Report of the Indian Hemp Drugs Commission, 1894-1895 - Volume I
Year: 1894
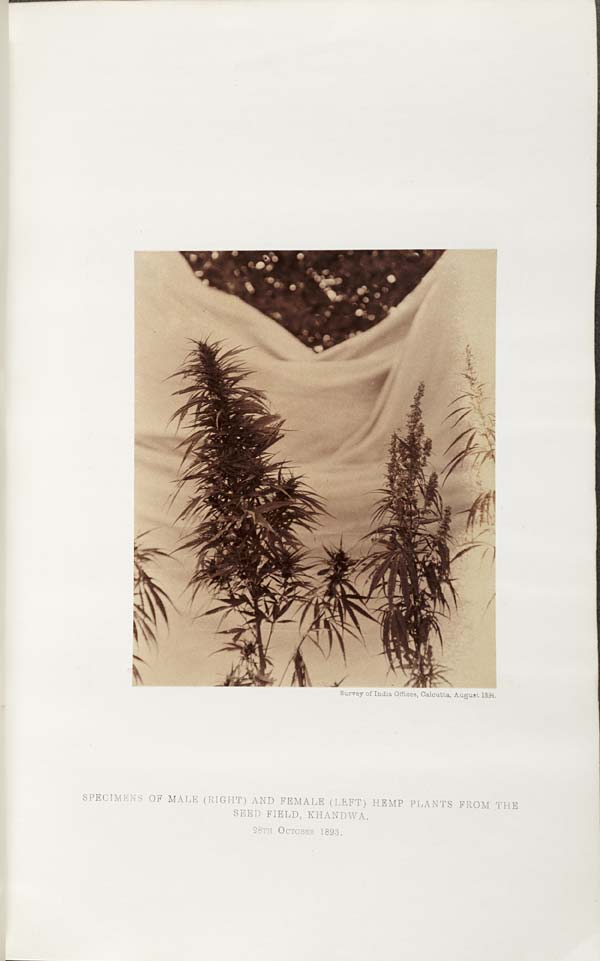
Survey of India Offices, Calcutta, August 1894.
SPECIMENS OF MALE (RIGHT) AND FEMALE (LEFT) HEMP PLANTS FROM THE
SEED FIELD, KHANDWA.
28TH OCTOBER 1893.